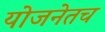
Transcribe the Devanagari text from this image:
योजनेतच